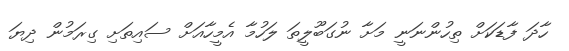
ހާދަ ފާޑަކަށް ތިހުންނަނީ މަށާ ނުގަބޫލީތަ ލަހުމާ އެމީހާއަށް ސައިތަށި ގިރަމުން ދިޔަ